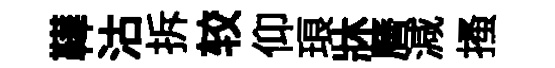
鞾沽拆较仰琅牀曆減搔